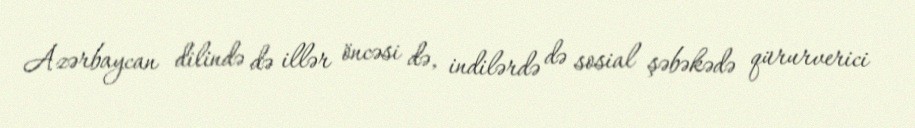
Azərbaycan dilində də illər öncəsi də, indilərdə də sosial şəbəkədə qürurverici